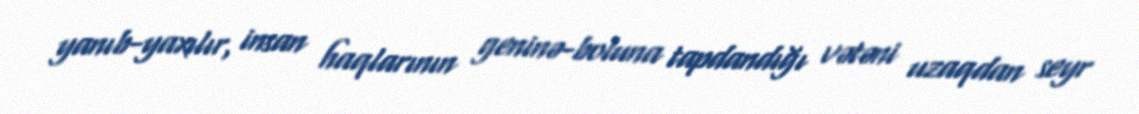
yanıb-yaxılır, insan haqlarının geninə-boluna tapdandığı vətəni uzaqdan seyr